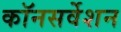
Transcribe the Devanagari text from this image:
कॉनसर्वेशन